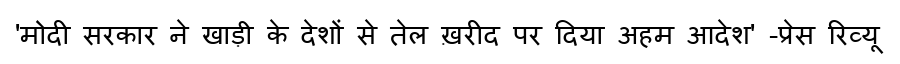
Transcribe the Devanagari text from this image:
'मोदी सरकार ने खाड़ी के देशों से तेल ख़रीद पर दिया अहम आदेश' -प्रेस रिव्यू